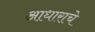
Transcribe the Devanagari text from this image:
आधाराचे